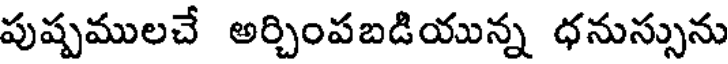
పుష్పములచే అర్చింపబడియున్న ధనుస్సును